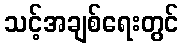
သင့်အချစ်ရေးတွင်